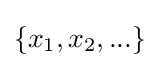
\{x_{1},x_{2},...\}